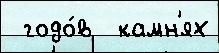
 годо́в  камн'ях